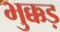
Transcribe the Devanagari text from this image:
भुक्कड़